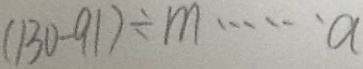
( 1 3 0 - 9 1 ) \div m \cdots a